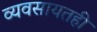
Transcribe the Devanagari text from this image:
व्यवसायतही